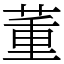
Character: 董